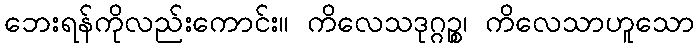
ဘေးရန်ကိုလည်းကောင်း။ ကိလေသဒုဂ္ဂဉ္စ၊ ကိလေသာဟူသော